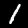
Label: 1